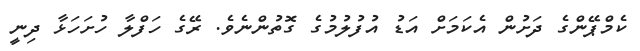
ކެމްޕޭންގެ ދަށުން އެކަމަށް އަޑު އުފުލުމުގެ ގޮތުންނެވެ. ރޭގެ ހަފްލާ ހުށަހަޅާ ދިނީ